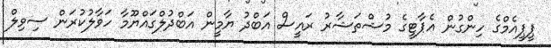
ޕީޕީއެމްގެ ހިންގުން އެޕާޓީގެ މުޝްތަޝާރު ރައީސް އަބްދު ޔާމީން އަބްދުލްގައްޔޫމާ ހަވާލުކުރަން ސިވިލް